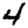
Digit: 4